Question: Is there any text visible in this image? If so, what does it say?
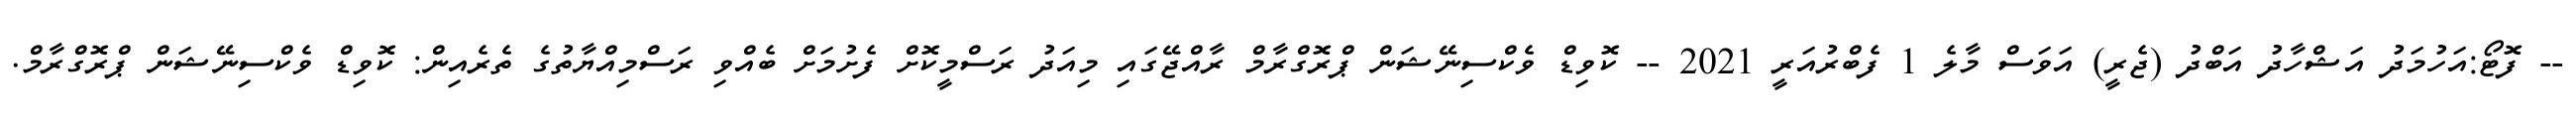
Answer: -- ފޮޓޯ:އަހުމަދު އަޝްހާދު އަބްދު (ޖެރީ) އަވަސް މާލެ 1 ފެބްރުއަރީ 2021 -- ކޮވިޑް ވެކްސިނޭޝަން ޕްރޮގްރާމް ރާއްޖޭގައި މިއަދު ރަސްމީކޮށް ފެށުމަށް ބެއްވި ރަސްމިއްޔާތުގެ ތެރެއިން: ކޮވިޑް ވެކްސިނޭޝަން ޕްރޮގްރާމް.